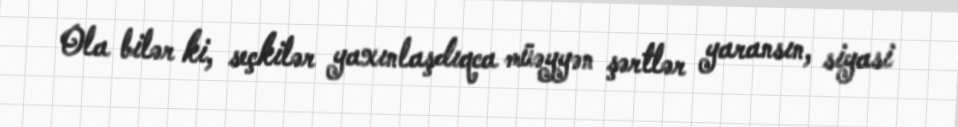
Ola bilər ki, seçkilər yaxınlaşdıqca müəyyən şərtlər yaransın, siyasi